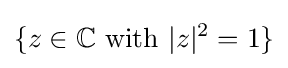
\{z\in \mathbb {C} {\text{ with }}|z|^{2}=1\}